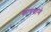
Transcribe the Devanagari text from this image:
कायद्यान्वे